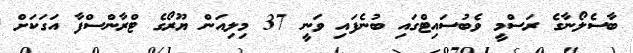
ބާސެލޯނާގެ ރަސްމީ ވެބުސައިޓްގައި ބުނެފައި ވަނީ 37 މިލިއަން ޔޫރޯގެ ޓްރާންސްފާ އަގަކަށް